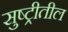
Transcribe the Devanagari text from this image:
सुष्ट्रीतील